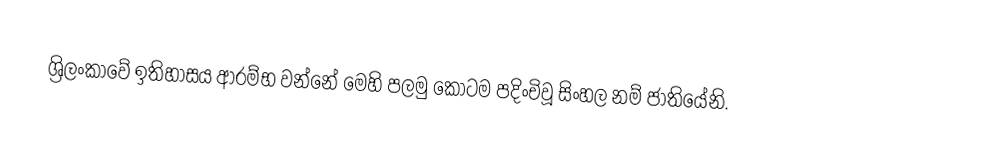
ශ්‍රිලංකාවේ ඉතිහාසය ආරම්භ වන්නේ  මෙහි පලමු කොටම පදිංචිවූ සිංහල නම් ජාතියේනි.